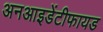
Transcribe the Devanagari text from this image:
अनआइडेंटीफायड